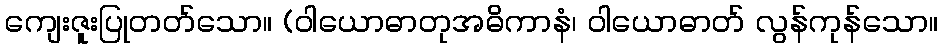
ကျေးဇူးပြုတတ်သော။ (ဝါယောဓာတုအဓိကာနံ၊ ဝါယောဓာတ် လွန်ကုန်သော။